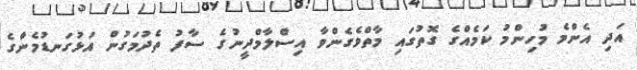
އަދި އެންމެ މުހިންމު ކަމެއްގެ ގޮތުގައި މާތްވެގެންވާ އިސްލާމްދީނުގެ ސާފު ތެދުމަގުން އަޅުގަނޑުމެންގެ